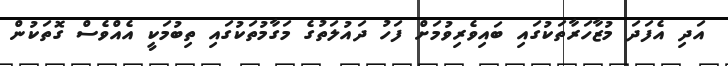
އަދި އެފަދަ މުޒާހަރާތަކުގައި ބައިވެރިވުމަށް ފަހު ދައުލަތުގެ މަގާމުތަކުގައި ތިބުމަކީ އެއްވެސް ގޮތަކުން